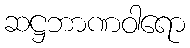
ဆဋ္ဌဘာဏဝါရော